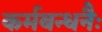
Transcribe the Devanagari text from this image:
कर्मबन्धनैः